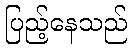
ပြည့်နေသည်